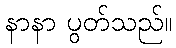
နာနာ ပွတ်သည်။